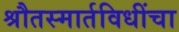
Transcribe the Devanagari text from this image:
श्रौतस्मार्तविधींचा